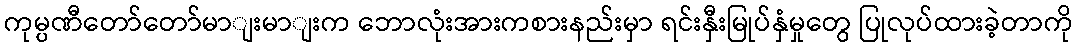
ကုမ္ပဏီတော်တော်မာျးမာျးက ဘောလုံးအားကစားနည်းမှာ ရင်းနှီးမြုပ်နှံမှုတွေ ပြုလုပ်ထားခဲ့တာကို